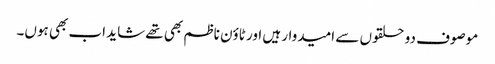
موصوف دو حلقوں سے امیدوار ہیں اور ٹاؤن ناظم بھی تھے شاید اب بھی ہوں۔